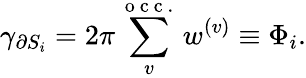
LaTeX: \gamma_{\partial S_{i}}=2\pi\sum_{v}^{\mathrm{~o~c~c~.~}}w^{(v)}\equiv\Phi_{i}.